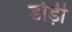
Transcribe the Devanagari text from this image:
डोड़ी